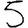
Digit: 5